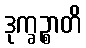
ဒုက္ခဉ္စာတိ